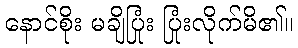
နောင်စိုး မချိပြုံး ပြုံးလိုက်မိ၏။